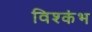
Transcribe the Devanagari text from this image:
विश्कंभ